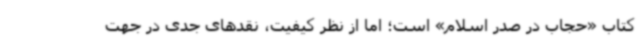
کتاب «حجاب در صدر اسلام» است؛ اما از نظر کیفیت، نقدهای جدی در جهت